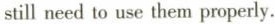
still need to use them properly.